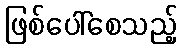
ဖြစ်ပေါ်စေသည့်